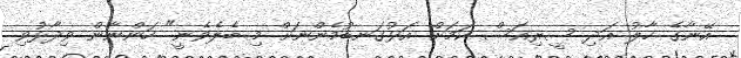
އޭނާގެ ހާލު އަދި ސީރިއަސް ކަމަށް އަޅުގަނޑުމެންނަށް މި ބެލެވެނީ" ހަންނާން ވިދާޅުވި